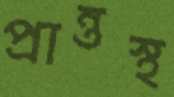
প্রান্তস্থ